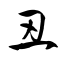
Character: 丑